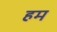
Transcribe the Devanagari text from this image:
हम